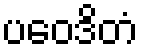
ပဝေဒိတံ